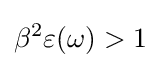
\beta ^{2}\varepsilon (\omega )>1